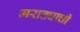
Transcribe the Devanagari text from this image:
मराठ्याची